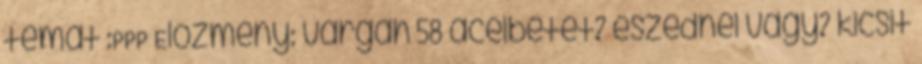
témát :PPP Előzmény: vargah 58 acélbetét? eszednél vagy? kicsit